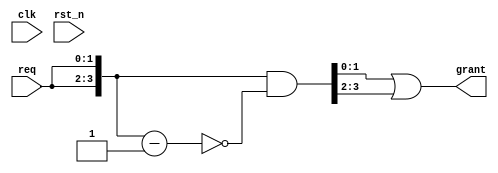
module uv_arb_fp
#(
    parameter WIDTH = 2
)
(
    input                   clk,
    input                   rst_n,
    input  [WIDTH-1:0]      req,
    output [WIDTH-1:0]      grant
);

    wire   [WIDTH*2-1:0]    req_d;
    wire   [WIDTH*2-1:0]    req_sub;
    wire   [WIDTH*2-1:0]    grant_d;

    assign req_d            = {req, req};
    assign req_sub          = req_d - 1'b1;
    assign grant_d          = req_d & (~req_sub);
    assign grant            = grant_d[WIDTH-1:0] | grant_d[2*WIDTH-1:WIDTH];

endmodule